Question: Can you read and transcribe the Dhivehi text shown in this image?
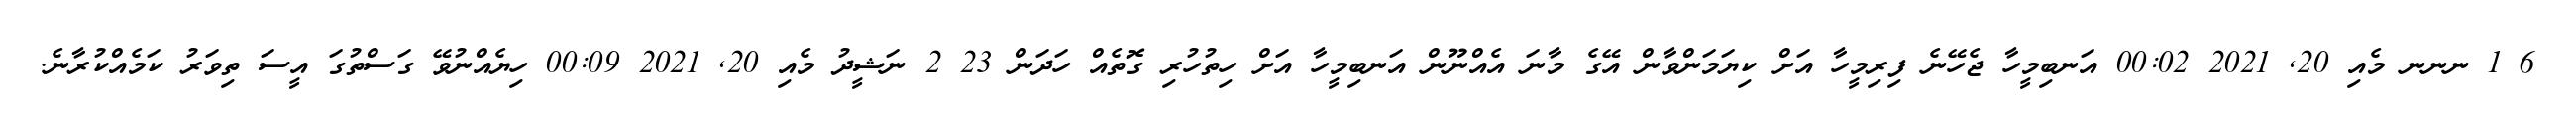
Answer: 6 1 ނނނ މެއި 20, 2021 00:02 އަނބިމީހާ ޖެހޭނެ ފިރިމީހާ އަށް ކިޔަމަންވާން އޭގެ މާނަ އެއްނޫން އަނބިމީހާ އަށް ހިތުހުރި ގޮތެއް ހަދަން 23 2 ނަޝީދު މެއި 20, 2021 00:09 ހިޔެއްނުވޭ ގަސްތުގަ އީސަ ތިވަރު ކަމެއްކުރާނެ.